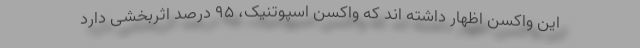
این واکسن اظهار داشته اند که واکسن اسپوتنیک، ۹۵ درصد اثربخشی دارد